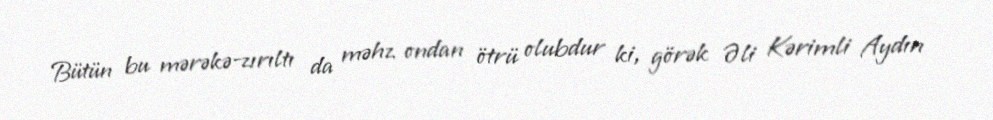
Bütün bu mərəkə-zırıltı da məhz ondan ötrü olubdur ki, görək Əli Kərimli Aydın